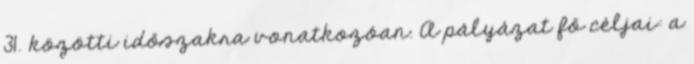
31. közötti időszakra vonatkozóan. A pályázat fő céljai: a